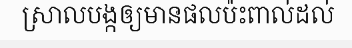
ស្រាលបង្កឲ្យមានផលប៉ះពាល់ដល់